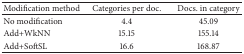
| Modification method | Categories per doc. | Docs. in category |
 | --- | --- | --- |
 | No modification | 4.4 | 45.09 |
 | Add+WkNN | 15.15 | 155.14 |
 | Add+SoftSL | 16.6 | 168.87 |